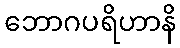
ဘောဂပရိဟာနိ